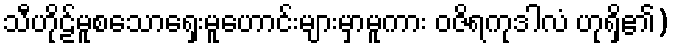
သီဟိုဠ်မူစသောရှေးမူဟောင်းများမှာမူကား ဝဇိရကုဒါလံ ဟုရှိ၏)